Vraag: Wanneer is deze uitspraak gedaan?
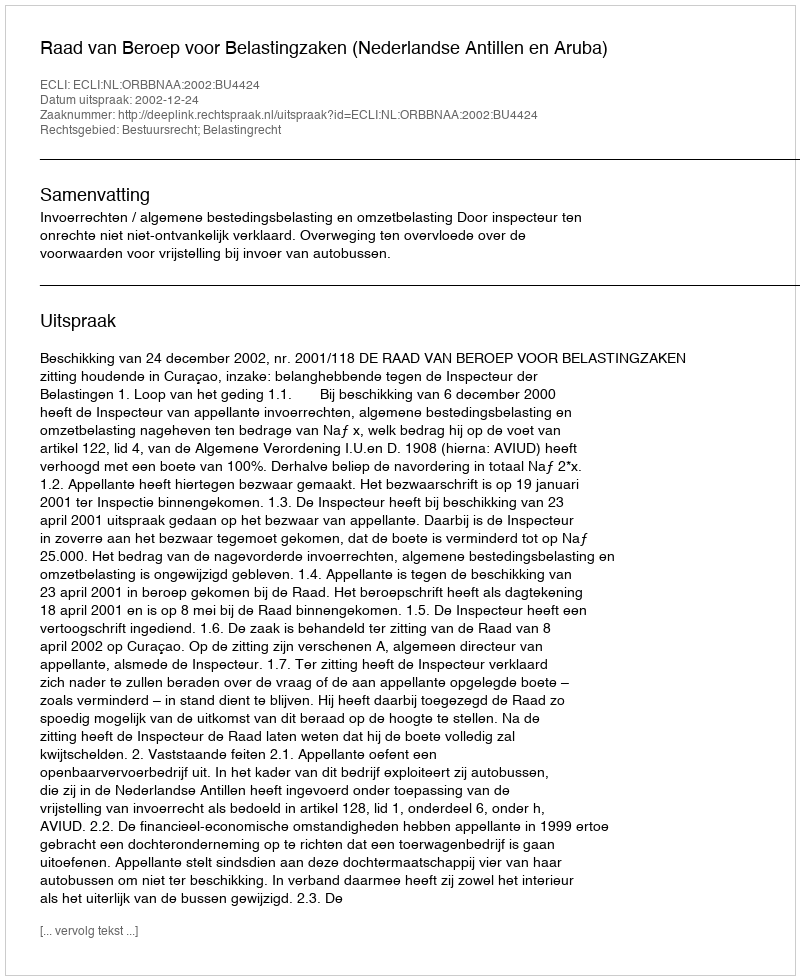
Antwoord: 2002-12-24